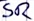
Text: SR